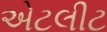
એટલીટ